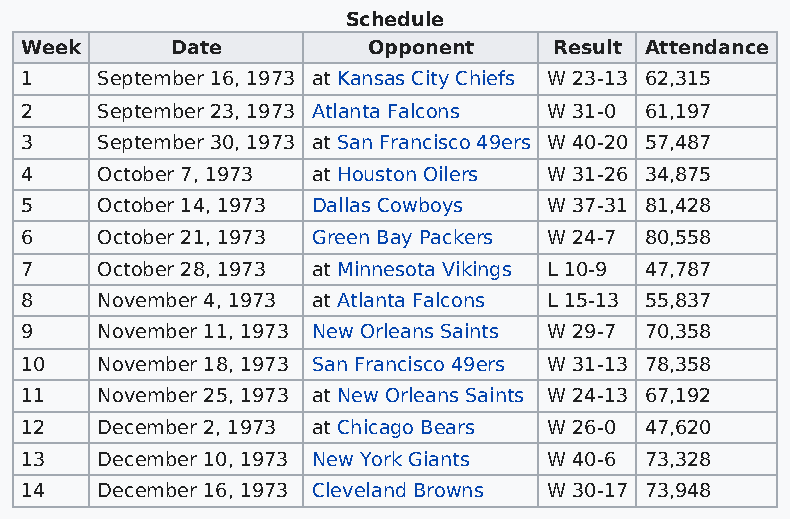
Schedule
 Week      Date         Opponent     Result Attendance
 1    September 16, 1973 at Kansas City Chiefs W 23-13 62,315
 2    September 23, 1973 Atlanta Falcons W 31-0 61,197
 3    September 30, 1973 at San Francisco 49ers W 40-20 57,487
 4    October 7, 1973 at Houston Oilers W 31-26 34,875
 5    October 14, 1973 Dallas Cowboys W 37-31 81,428
 6    October 21, 1973 Green Bay Packers W 24-7 80,558
 7    October 28, 1973 at Minnesota Vikings L 10-9 47,787
 8    November 4, 1973 at Atlanta Falcons L 15-13 55,837
 9    November 11, 1973 New Orleans Saints W 29-7 70,358
 10   November 18, 1973 San Francisco 49ers W 31-13 78,358
 11   November 25, 1973 at New Orleans Saints W 24-13 67,192
 12   December 2, 1973 at Chicago Bears W 26-0 47,620
 13   December 10, 1973 New York Giants W 40-6 73,328
 14   December 16, 1973 Cleveland Browns W 30-17 73,948